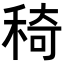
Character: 𥟏